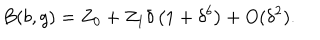
LaTeX: B ( b , g ) = Z _ { 0 } + Z _ { 1 } \delta \left( 1 + \delta ^ { b } \right) + O ( \delta ^ { 2 } ) .